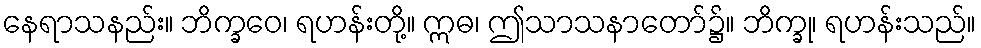
နေရာသနည်း။ ဘိက္ခဝေ၊ ရဟန်းတို့။ ဣဓ၊ ဤသာသနာတော်၌။ ဘိက္ခု၊ ရဟန်းသည်။